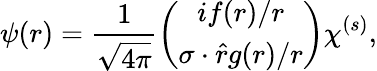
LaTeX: \psi(r)={\frac{1}{\sqrt{4\pi}}}{\binom{if(r)/r}{{\mathbf\sigma}\cdot\hat{r}{g(r)/r}}}\chi^{(s)},